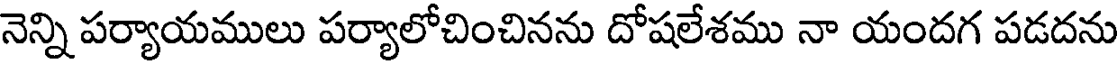
నెన్ని పర్యాయములు పర్యాలోచించినను దోషలేశము నా యందగ పడదను